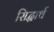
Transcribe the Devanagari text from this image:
सिद्धार्थ